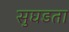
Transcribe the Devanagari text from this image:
सुघडता